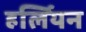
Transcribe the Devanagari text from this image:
हर्लियन